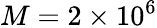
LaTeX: M=2\times 10^{6}